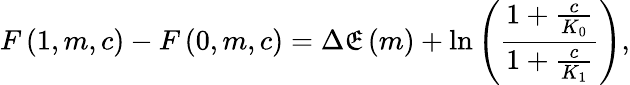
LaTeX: F\left(1,m,c\right)-F\left(0,m,c\right)=\Delta\mathfrak{E}\left(m\right)+\ln\left(\frac{{1+\frac{{c}}{{K_{0}}}}}{{1+\frac{{c}}{{K_{1}}}}}\right),